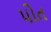
પોત